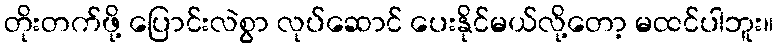
တိုးတက်ဖို့ ပြောင်းလဲစွာ လုပ်ဆောင် ပေးနိုင်မယ်လို့တော့ မထင်ပါဘူး။